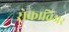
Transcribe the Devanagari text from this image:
रोकाविअर